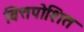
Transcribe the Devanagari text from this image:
वित्तपोशित